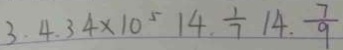
3 . 4 . 3 4 \times 1 0 ^ { 5 } 1 4 . \frac { 1 } { 7 } 1 4 . \frac { 7 } { 9 }